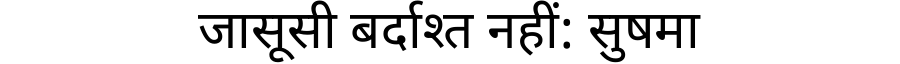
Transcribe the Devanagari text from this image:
जासूसी बर्दाश्त नहीं: सुषमा